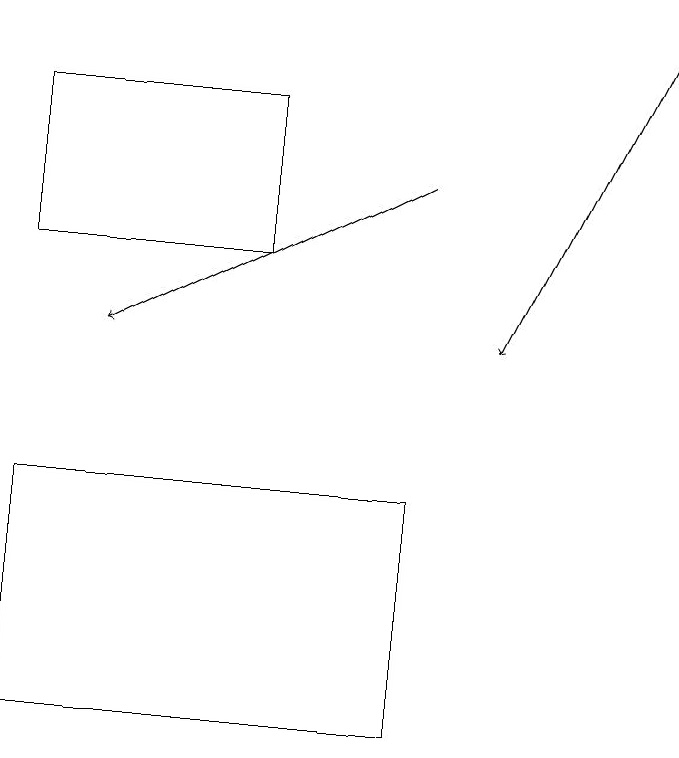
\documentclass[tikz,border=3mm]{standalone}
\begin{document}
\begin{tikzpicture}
\draw (1,16) rectangle (4,18);
\draw (6,13) rectangle (1,10);
\draw[->] (9,19) -- (7,15);
\draw[->] (6,17) -- (2,15);
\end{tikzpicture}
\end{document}